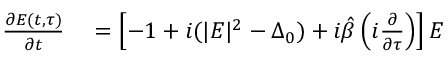
\begin{array} { r l } { \frac { \partial E ( t , \tau ) } { \partial t } } & { { } = \left[ - 1 + i ( | E | ^ { 2 } - \Delta _ { 0 } ) + i \hat { \beta } \left( i \frac { \partial } { \partial \tau } \right) \right] E } \end{array}